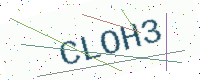
Text: CLOH3